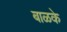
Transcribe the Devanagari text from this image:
बाळके